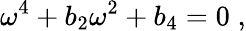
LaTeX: {\omega}^{4}+b_{2}{\omega}^{2}+b_{4}=0\; ,